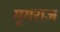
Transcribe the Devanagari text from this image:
मृगराज